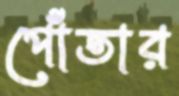
পোঁতার